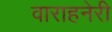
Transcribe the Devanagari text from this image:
वाराहनेरी